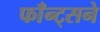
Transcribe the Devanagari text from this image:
फाँन्ट्‌सने